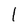
Character: l